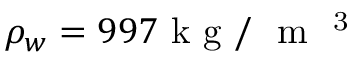
{ { \rho } _ { w } } = 9 9 7 \mathrm { ~ k ~ g ~ / ~ } { { \mathrm { ~ m ~ } } ^ { \mathrm { ~ 3 ~ } } }